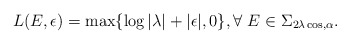
\begin{align*}L(E,\epsilon)=\max \{\log |\lambda|+|\epsilon|,0\}, \forall \ E\in \Sigma_{2\lambda \cos,\alpha}.\end{align*}